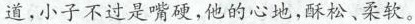
道，小子不过十嘴硬，他的心地，苏颂、柔软。